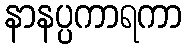
နာနပ္ပကာရကာ